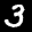
Label: 3